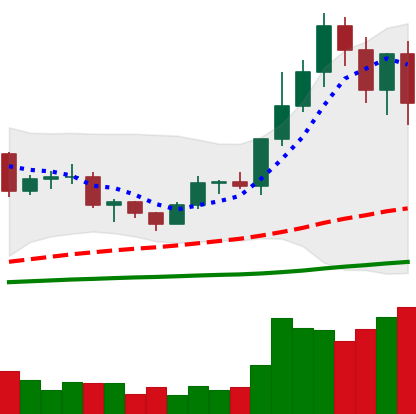
Ticker: LTC-USD
Chart end date: 2020-12-23
Forward return: 27.729%
Label: up_7plus